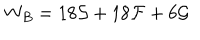
W _ { B } = 1 8 { \cal { S } } + 1 8 { \cal { F } } + 6 { \cal { G } }